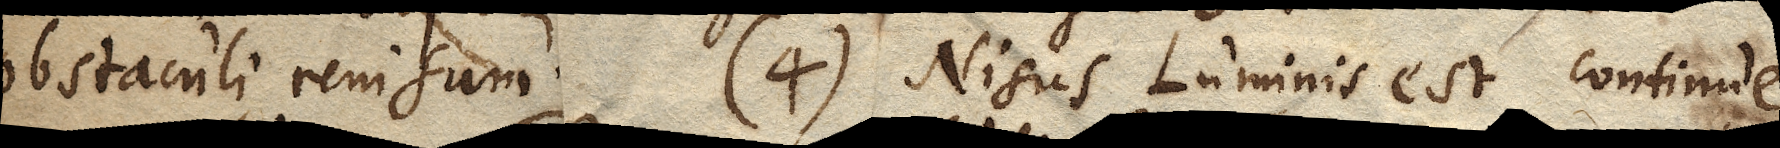
obstaculi renisum. (4) Nisus Luminis est continue